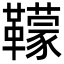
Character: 𩍬